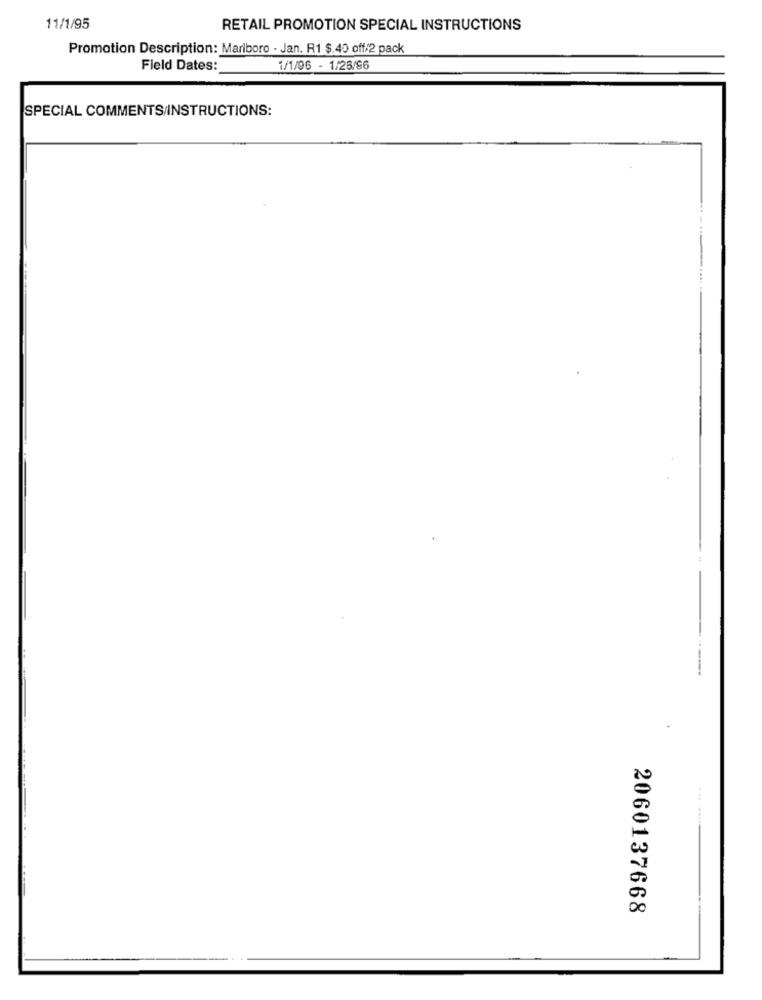
11/1/95
RETAIL PROMOTION SPECIAL INSTRUCTIONS
Promotion Description: Marlboro - Jan. R1 $.40 off/2 pack
Field Dates:
1/1/96 - 1/26/96
SPECIAL COMMENTS/INSTRUCTIONS:
--.-
----
--
2060137668